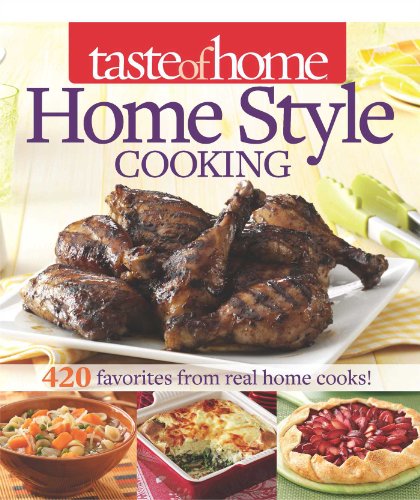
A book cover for Taste of Home Home Style Cooking: 420 Favorites from Real Home Cooks!; Taste Of Home; Cookbooks, Food & Wine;